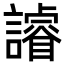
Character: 䜜